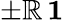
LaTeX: \pm\mathbb{R}\, \mathbf{{1}}